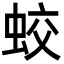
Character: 蛟